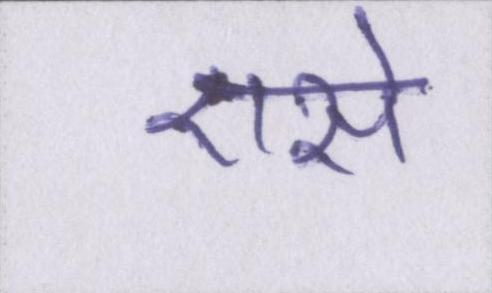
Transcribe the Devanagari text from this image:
एसे